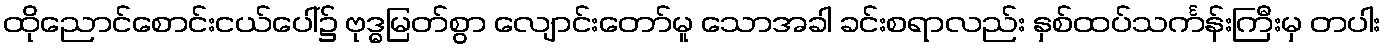
ထိုညောင်စောင်းငယ်ပေါ်၌ ဗုဒ္ဓမြတ်စွာ လျောင်းတော်မူ သောအခါ ခင်းစရာလည်း နှစ်ထပ်သင်္ကန်းကြီးမှ တပါး